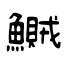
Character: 鱡